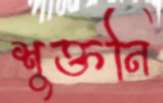
শুক্তনি